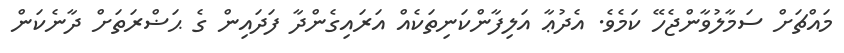
މައްޗަށް ސަމާލުވާންޖެހޭ ކަމެވެ. އެދުޢާ އަލިފާންކަނިތަކެއް އަރައިގެންދާ ފަދައިން ގެ ޙަޟްރަތަށް ދާނެކަން